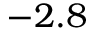
- 2 . 8